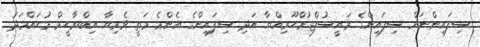
ސިފައިންނަށް ސިފައިންގެ ރައީސުލްޖުމްހޫރިއްޔާ އަދި ސިފައިންގެ އެންމެ މަތީ ވެރިޔާ އިބްރާހީމް މުޙައްމަދު